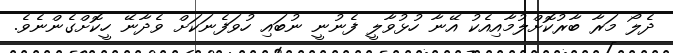
ދެލޯ މަރާ ބާރުކޮށްލުމާއިއެކު އޭނާ ހުޅުވާލީ ފެނުނީ ނުބައި ހުވަފެނަކަށް ވެދާނޭ ހީކޮށްގެންނެވެ.